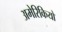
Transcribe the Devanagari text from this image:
अमेरिकियो